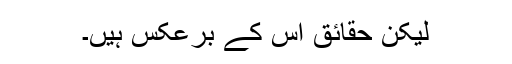
لیکن حقائق اس کے برعکس ہیں۔